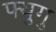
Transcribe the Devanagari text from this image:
फ्युगु